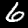
Digit: 6